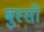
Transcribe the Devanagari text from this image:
बुस्सो